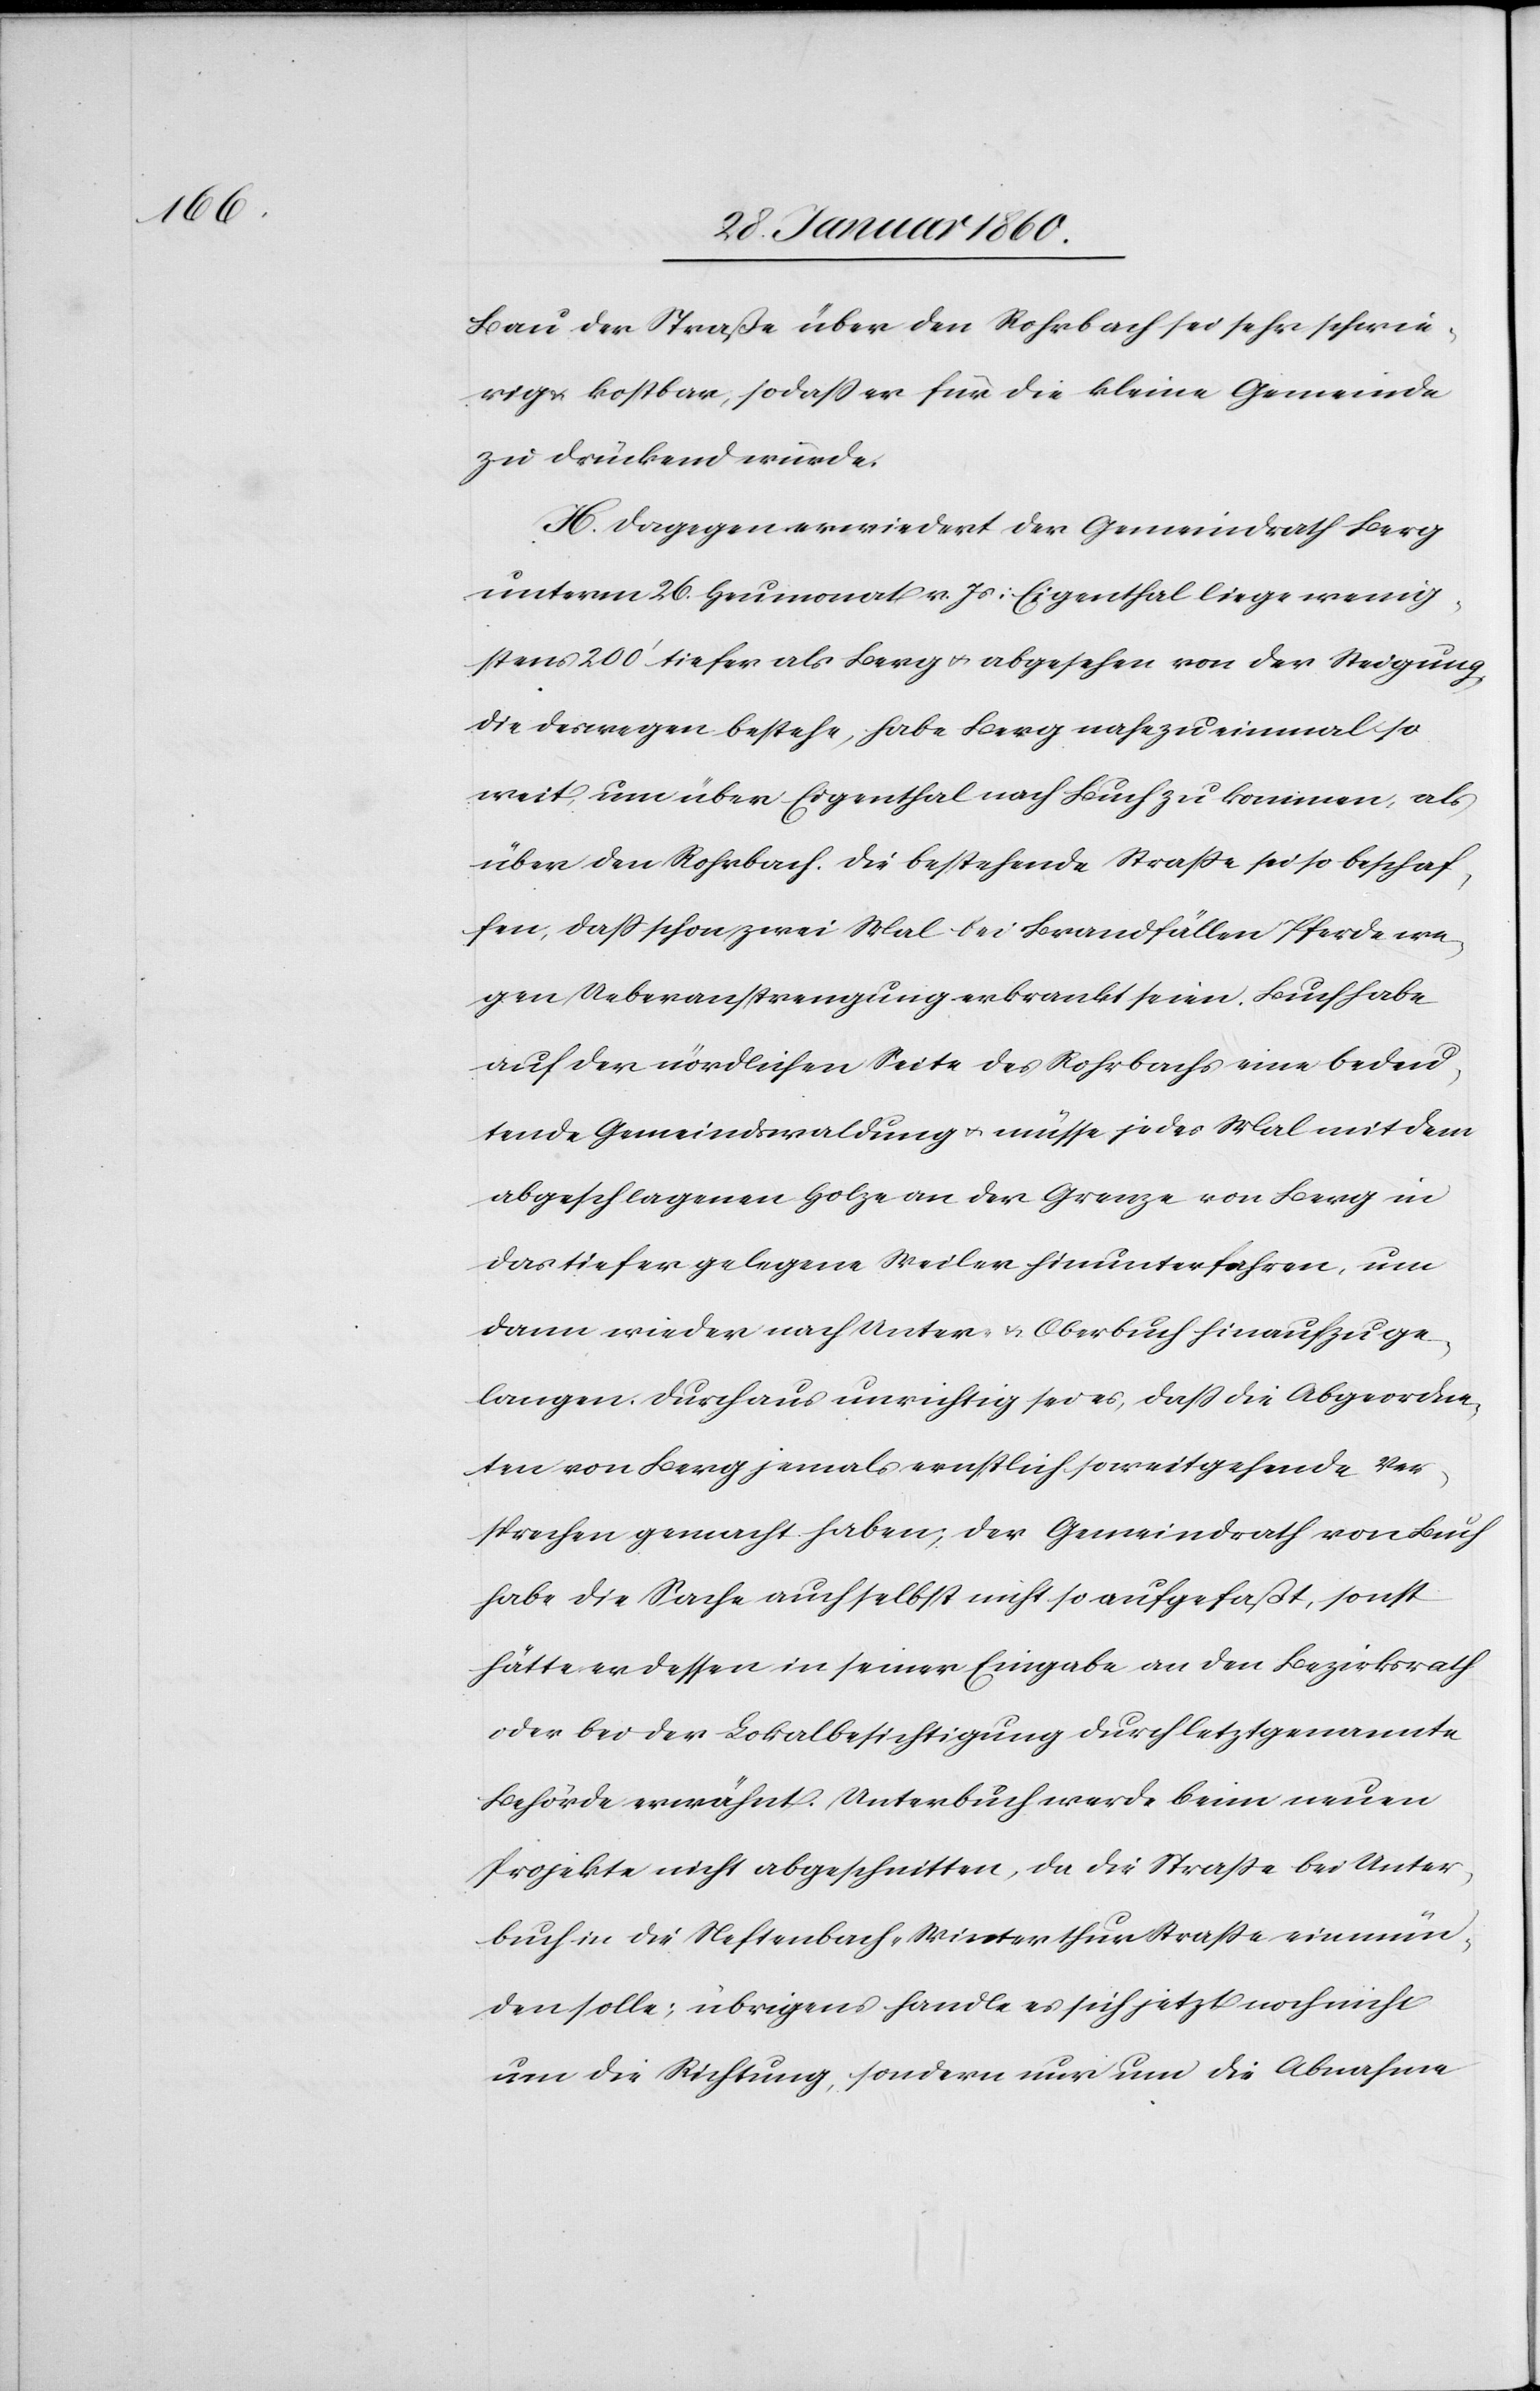
Bau der Strasse über den Rohrbach sei sehr schwie¬
rig u. kostbar, so dass er für die kleine Gemeinde
zu drückend würde.
H. Dagegen erwiedert der Gemeindrath Berg
unterm 26. Heumonat v. Js: Eigenthal liege wenig¬
stens 200’ tiefer als Berg u. abgesehen von der Steigung,
die deswegen bestehe, habe Berg nahezu einmal so
weit, um über Eigenthal nach Buch zu kommen, als
über den Rohrbach. Die bestehende Strasse sei so beschaf¬
fen, dass schon zwei Mal bei Brandfällen Pferde we¬
gen Ueberanstrengung erkrankt seien. Buch habe
auf der nördlichen Seite des Rohrbachs eine bedeu¬
tende Gemeindswaldung u. müsse jedes Mal mit dem
abgeschlagenen Holze an der Grenze von Berg in
das tiefer gelegene Weiler hinunterfahren, um
dann wieder nach Unter- u. Oberbuch hinaufzuge¬
langen. Durchaus unrichtig sei es, dass die Abgeordne¬
ten von Berg jemals ernstlich soweit gehende Ver¬
sprechen gemacht haben; der Gemeindrath von Buch
habe die Sache auch selbst nicht so aufgefaßt, sonst
hätte er dessen in seiner Eingabe an den Bezirksrath
oder bei der Lokalbesichtigung durch letztgenannte
Behörde erwähnt. Unterbuch werde beim neuen
Projekte nicht abgeschnitten, da die Strasse bei Unter¬
buch in die Neftenbach-Winterthurstrasse einmün¬
den solle; übrigens handle es sich jetzt noch nicht
um die Richtung, sondern nur um die Abnahme